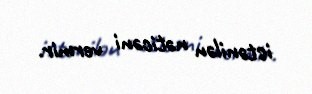
istənilən nəticəni vermir.